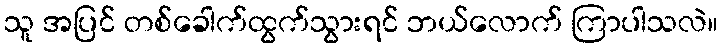
သူ အပြင် တစ်ခေါက်ထွက်သွားရင် ဘယ်လောက် ကြာပါသလဲ။